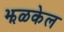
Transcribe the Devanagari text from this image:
झळकेल